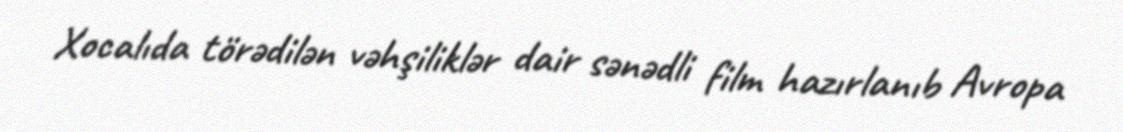
Xocalıda törədilən vəhşiliklər dair sənədli film hazırlanıb Avropa